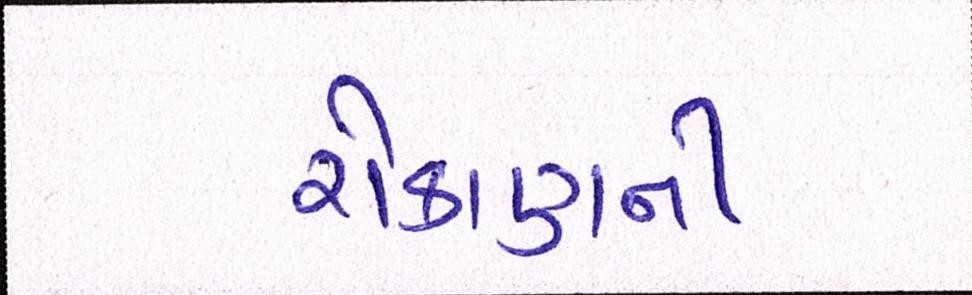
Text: રોકાણની